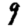
Digit: 9